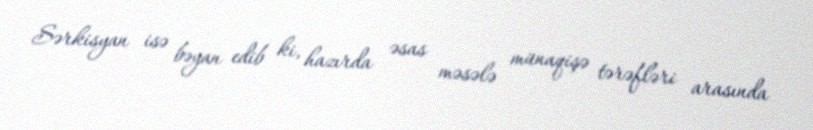
Sərkisyan isə bəyan edib ki, hazırda əsas məsələ münaqişə tərəfləri arasında